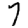
Digit: 7